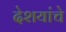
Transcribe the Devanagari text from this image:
देशयांचे